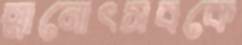
স্নানোৎসবকে